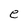
Character: e